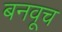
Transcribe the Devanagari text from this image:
बनवूच